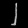
Digit: ၂